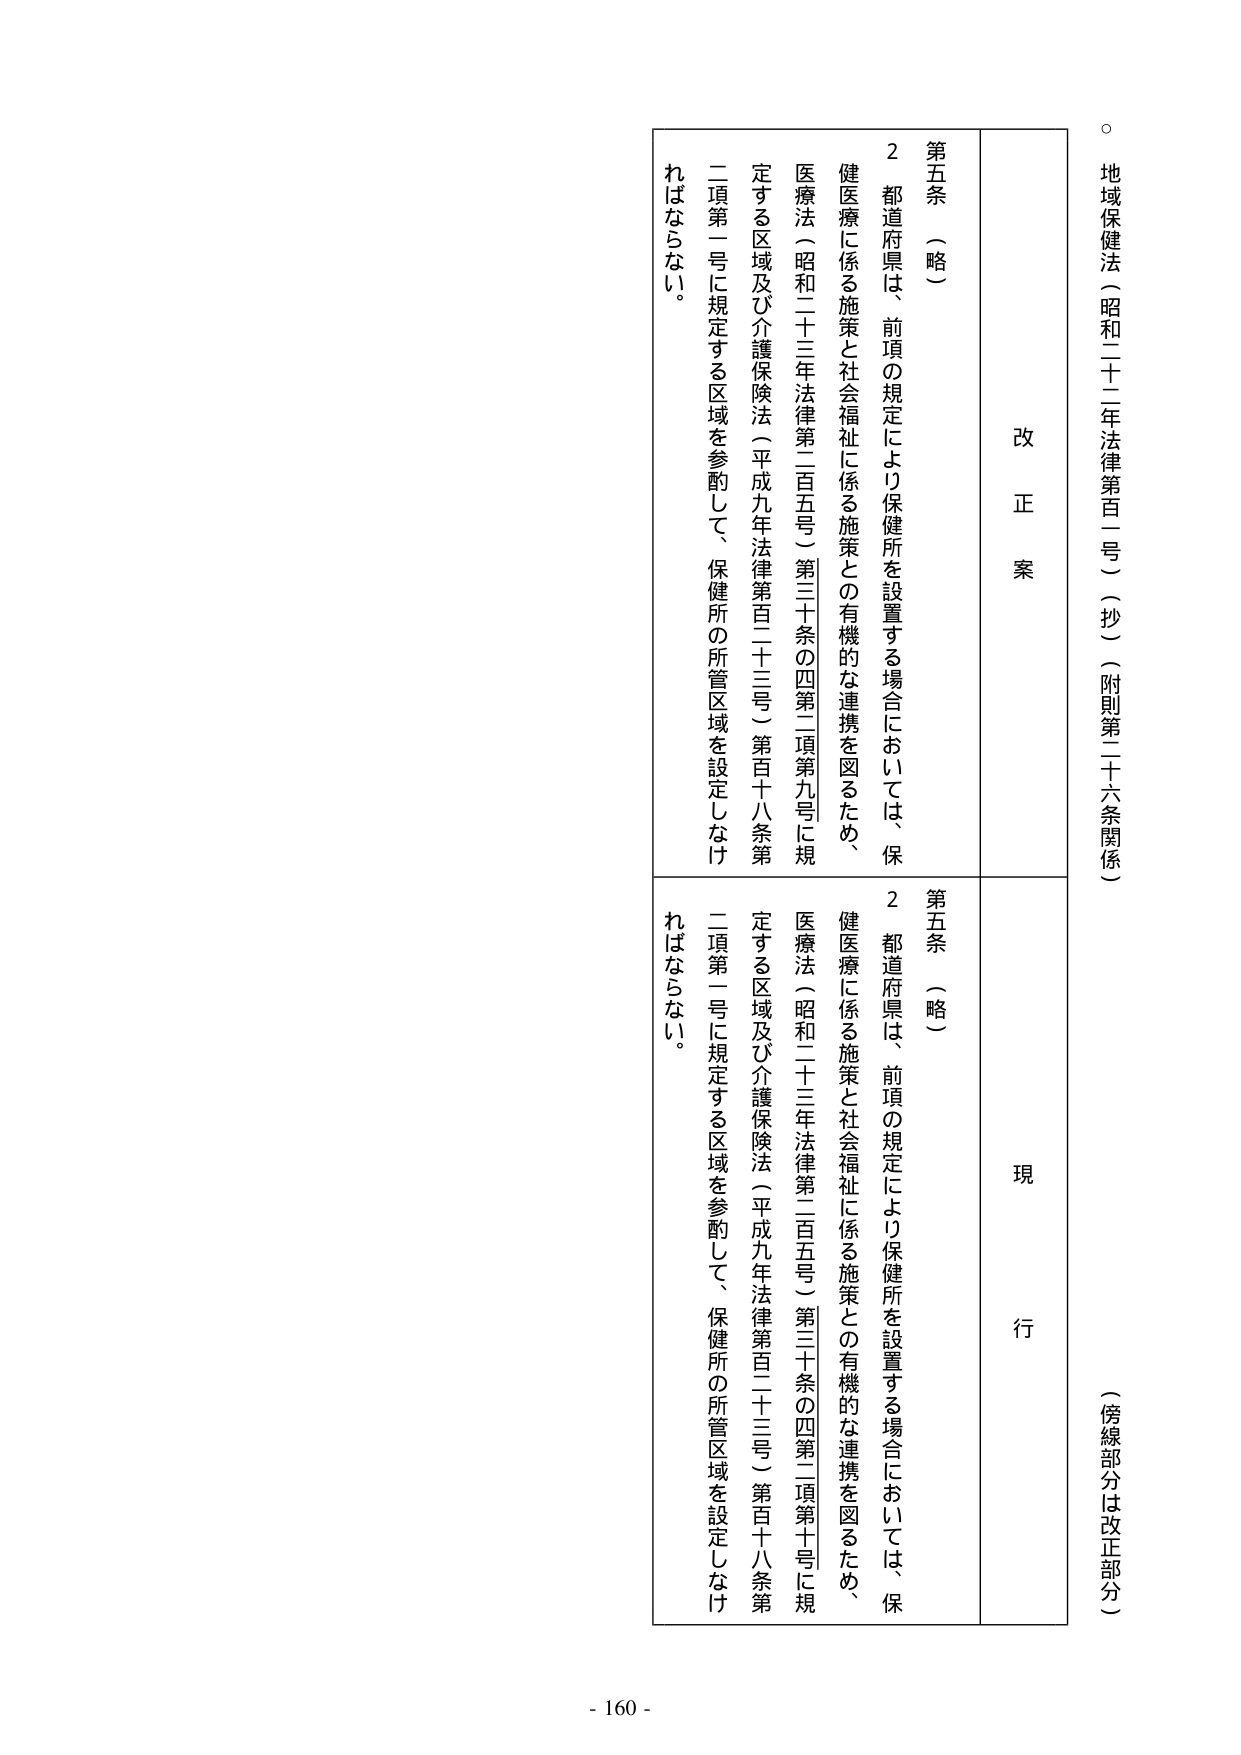
地域保健法（昭和二十二年法律第百一号）（抄）（附則第二十六条関係）

（傍線部分は改正部分）

改正案

第五条 （略）

２ 都道府県は、前項の規定により保健所を設置する場合においては、保健医療に係る施策と社会福祉に係る施策との有機的な連携を図るため、医療法（昭和二十三年法律第二百五号）第三十条の四第二項第九号に規定する区域及び介護保険法（平成九年法律第百二十三号）第百十八条第二項第一号に規定する区域を参酌して、保健所の所管区域を設定しなければならない。

現行

第五条 （略）

２ 都道府県は、前項の規定により保健所を設置する場合においては、保健医療に係る施策と社会福祉に係る施策との有機的な連携を図るため、医療法（昭和二十三年法律第二百五号）第三十条の四第二項第十号に規定する区域及び介護保険法（平成九年法律第百二十三号）第百十八条第二項第一号に規定する区域を参酌して、保健所の所管区域を設定しなければならない。

- 160 -